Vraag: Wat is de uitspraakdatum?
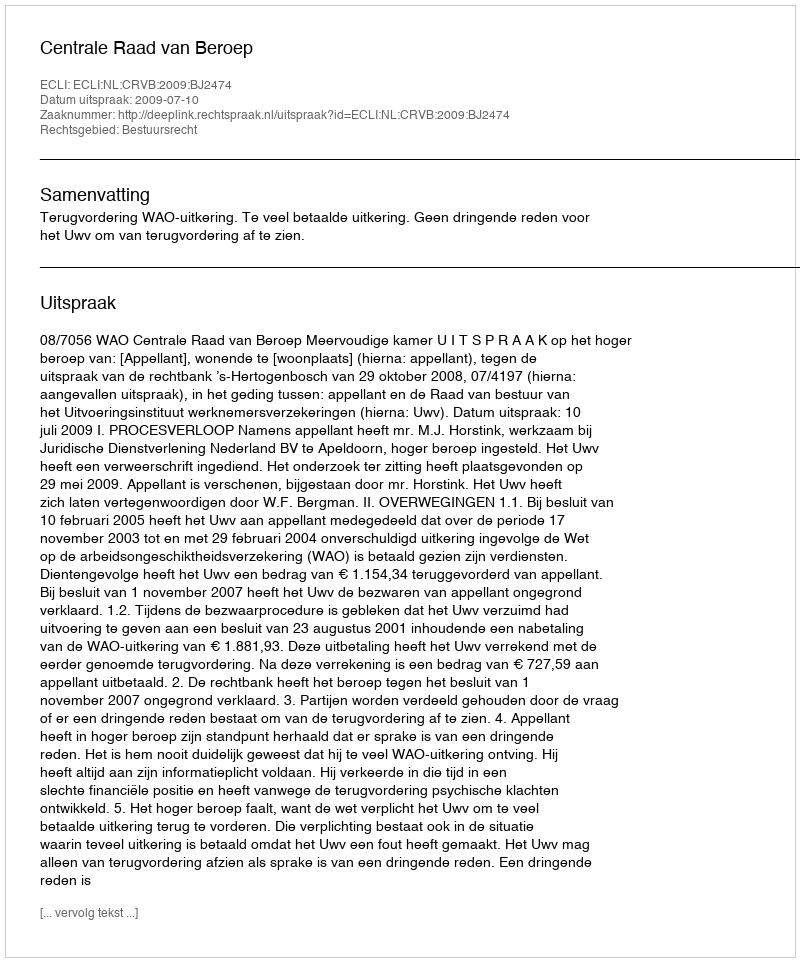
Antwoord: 2009-07-10